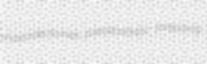
mastoidectomies pseudoartistic forepoling